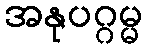
အနုပဂ္ဂမ္မ